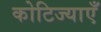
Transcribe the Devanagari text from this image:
कोटिज्याएँ